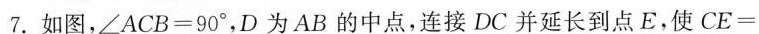
7.如图，$$∠ A C B = 9 0 °$$，D为AB的中点，连接DC并延长到点E。使$$C E =